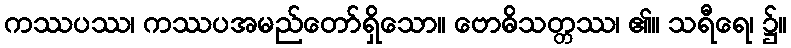
ကဿပဿ၊ ကဿပအမည်တော်ရှိသော။ ဗောဓိသတ္တဿ၊ ၏။ သရီရေ၊ ၌။